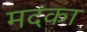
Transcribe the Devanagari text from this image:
मदंका